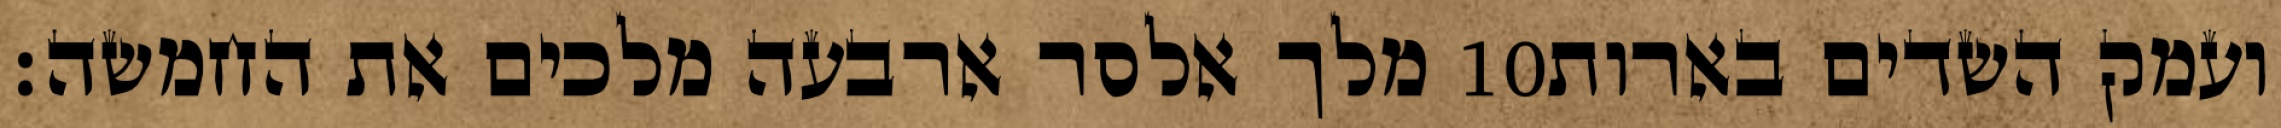
מלך אלסר ארבעה מלכים את החמשה׃ ‎10‏ ועמק השדים בארות